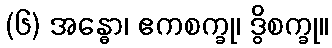
(၆) အန္ဓော၊ ဧကစက္ခု၊ ဒွိစက္ခု။